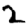
Digit: 2